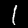
Digit: 1